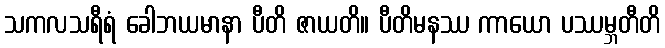
သကလသရီရံ ခေါဘယမာနာ ပီတိ ဇာယတိ။ ပီတိမနဿ ကာယော ပဿမ္ဘတီတိ